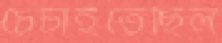
চেঁচাইতেছিল